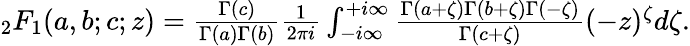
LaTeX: \begin{array}{r}{{_2F_{1}}(a,b;c;z)=\frac{\Gamma(c)}{\Gamma(a)\Gamma(b)}\frac{1}{2\pi i}\int_{-i\infty}^{+i\infty}\frac{\Gamma(a+\zeta)\Gamma(b+\zeta)\Gamma(-\zeta)}{\Gamma(c+\zeta)}(-z)^{\zeta}d\zeta.}\end{array}